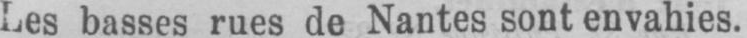
Les basses rues de Nantes sont envahies.